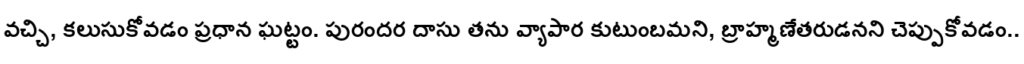
వచ్చి, కలుసుకోవడం ప్రధాన ఘట్టం. పురందర దాసు తను వ్యాపార కుటుంబమని, బ్రాహ్మణేతరుడనని చెప్పుకోవడం..